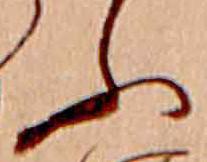
ふ